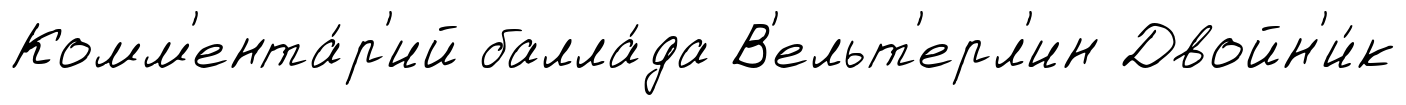
Комм'ента́р'ий балла́да В'ельт'ерл'ин Двойн'и́к